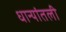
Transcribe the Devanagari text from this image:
धान्यांतली